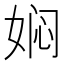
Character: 𭑽